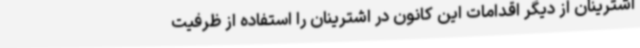
اشترینان از دیگر اقدامات این کانون در اشترینان را استفاده از ظرفیت